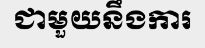
ជាមួយនឹងការ